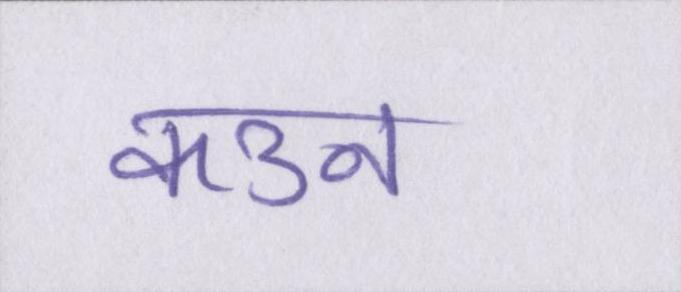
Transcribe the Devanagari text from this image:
कउन